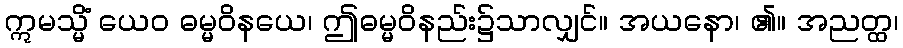
ဣမသ္မိံ ယေဝ ဓမ္မဝိနယေ၊ ဤဓမ္မဝိနည်း၌သာလျှင်။ အယနော၊ ၏။ အညတ္ထ၊